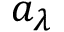
a _ { \lambda }